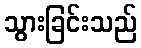
သွားခြင်းသည်